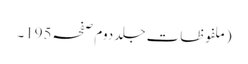
(ملفوظات جلد دوم صفحہ195۔